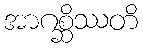
အာဂစ္ဆိဿတိ